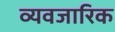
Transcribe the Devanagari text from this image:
व्यवजारिक